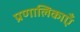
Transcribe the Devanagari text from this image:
प्रणालिकाएँ